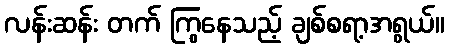
လန်းဆန်း တက် ကြွနေသည့် ချစ်စရာ့အရွယ်။